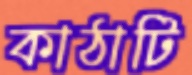
কাঠাটি